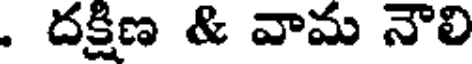
. దక్షిణ & వామ నౌలి